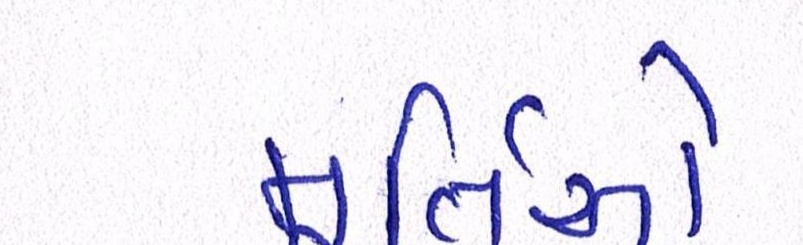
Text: મૂર્તિઓ